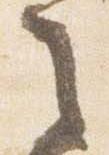
之